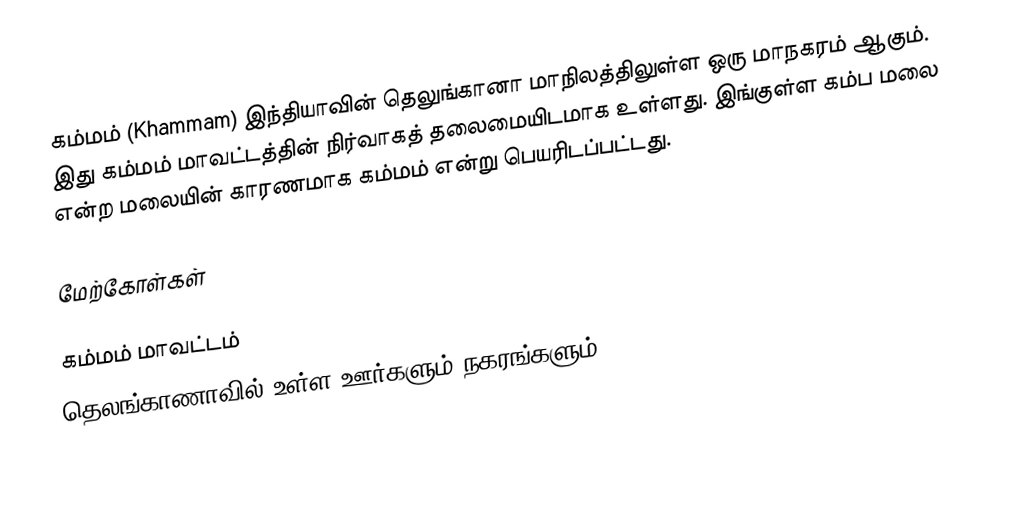
கம்மம் (Khammam) இந்தியாவின் தெலுங்கானா மாநிலத்திலுள்ள ஒரு மாநகரம் ஆகும். இது கம்மம் மாவட்டத்தின் நிர்வாகத் தலைமையிடமாக உள்ளது. இங்குள்ள கம்ப மலை என்ற மலையின் காரணமாக கம்மம் என்று பெயரிடப்பட்டது.

மேற்கோள்கள்

கம்மம் மாவட்டம்
தெலங்காணாவில் உள்ள ஊர்களும் நகரங்களும்